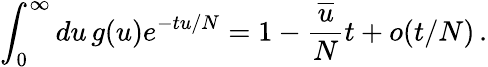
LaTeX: \int_{0}^{\infty}du\, g(u)e^{-tu/N}=1-\frac{\overline{u}}{N}t+o(t/N)\, .